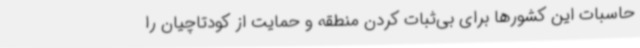
حاسبات این کشورها برای بی‌ثبات کردن منطقه و حمایت از کودتاچیان را